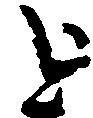
を